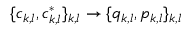
\{ c _ { k , l } , c _ { k , l } ^ { * } \} _ { k , l } \to \{ q _ { k , l } , p _ { k , l } \} _ { k , l }